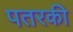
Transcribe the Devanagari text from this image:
पतरकी